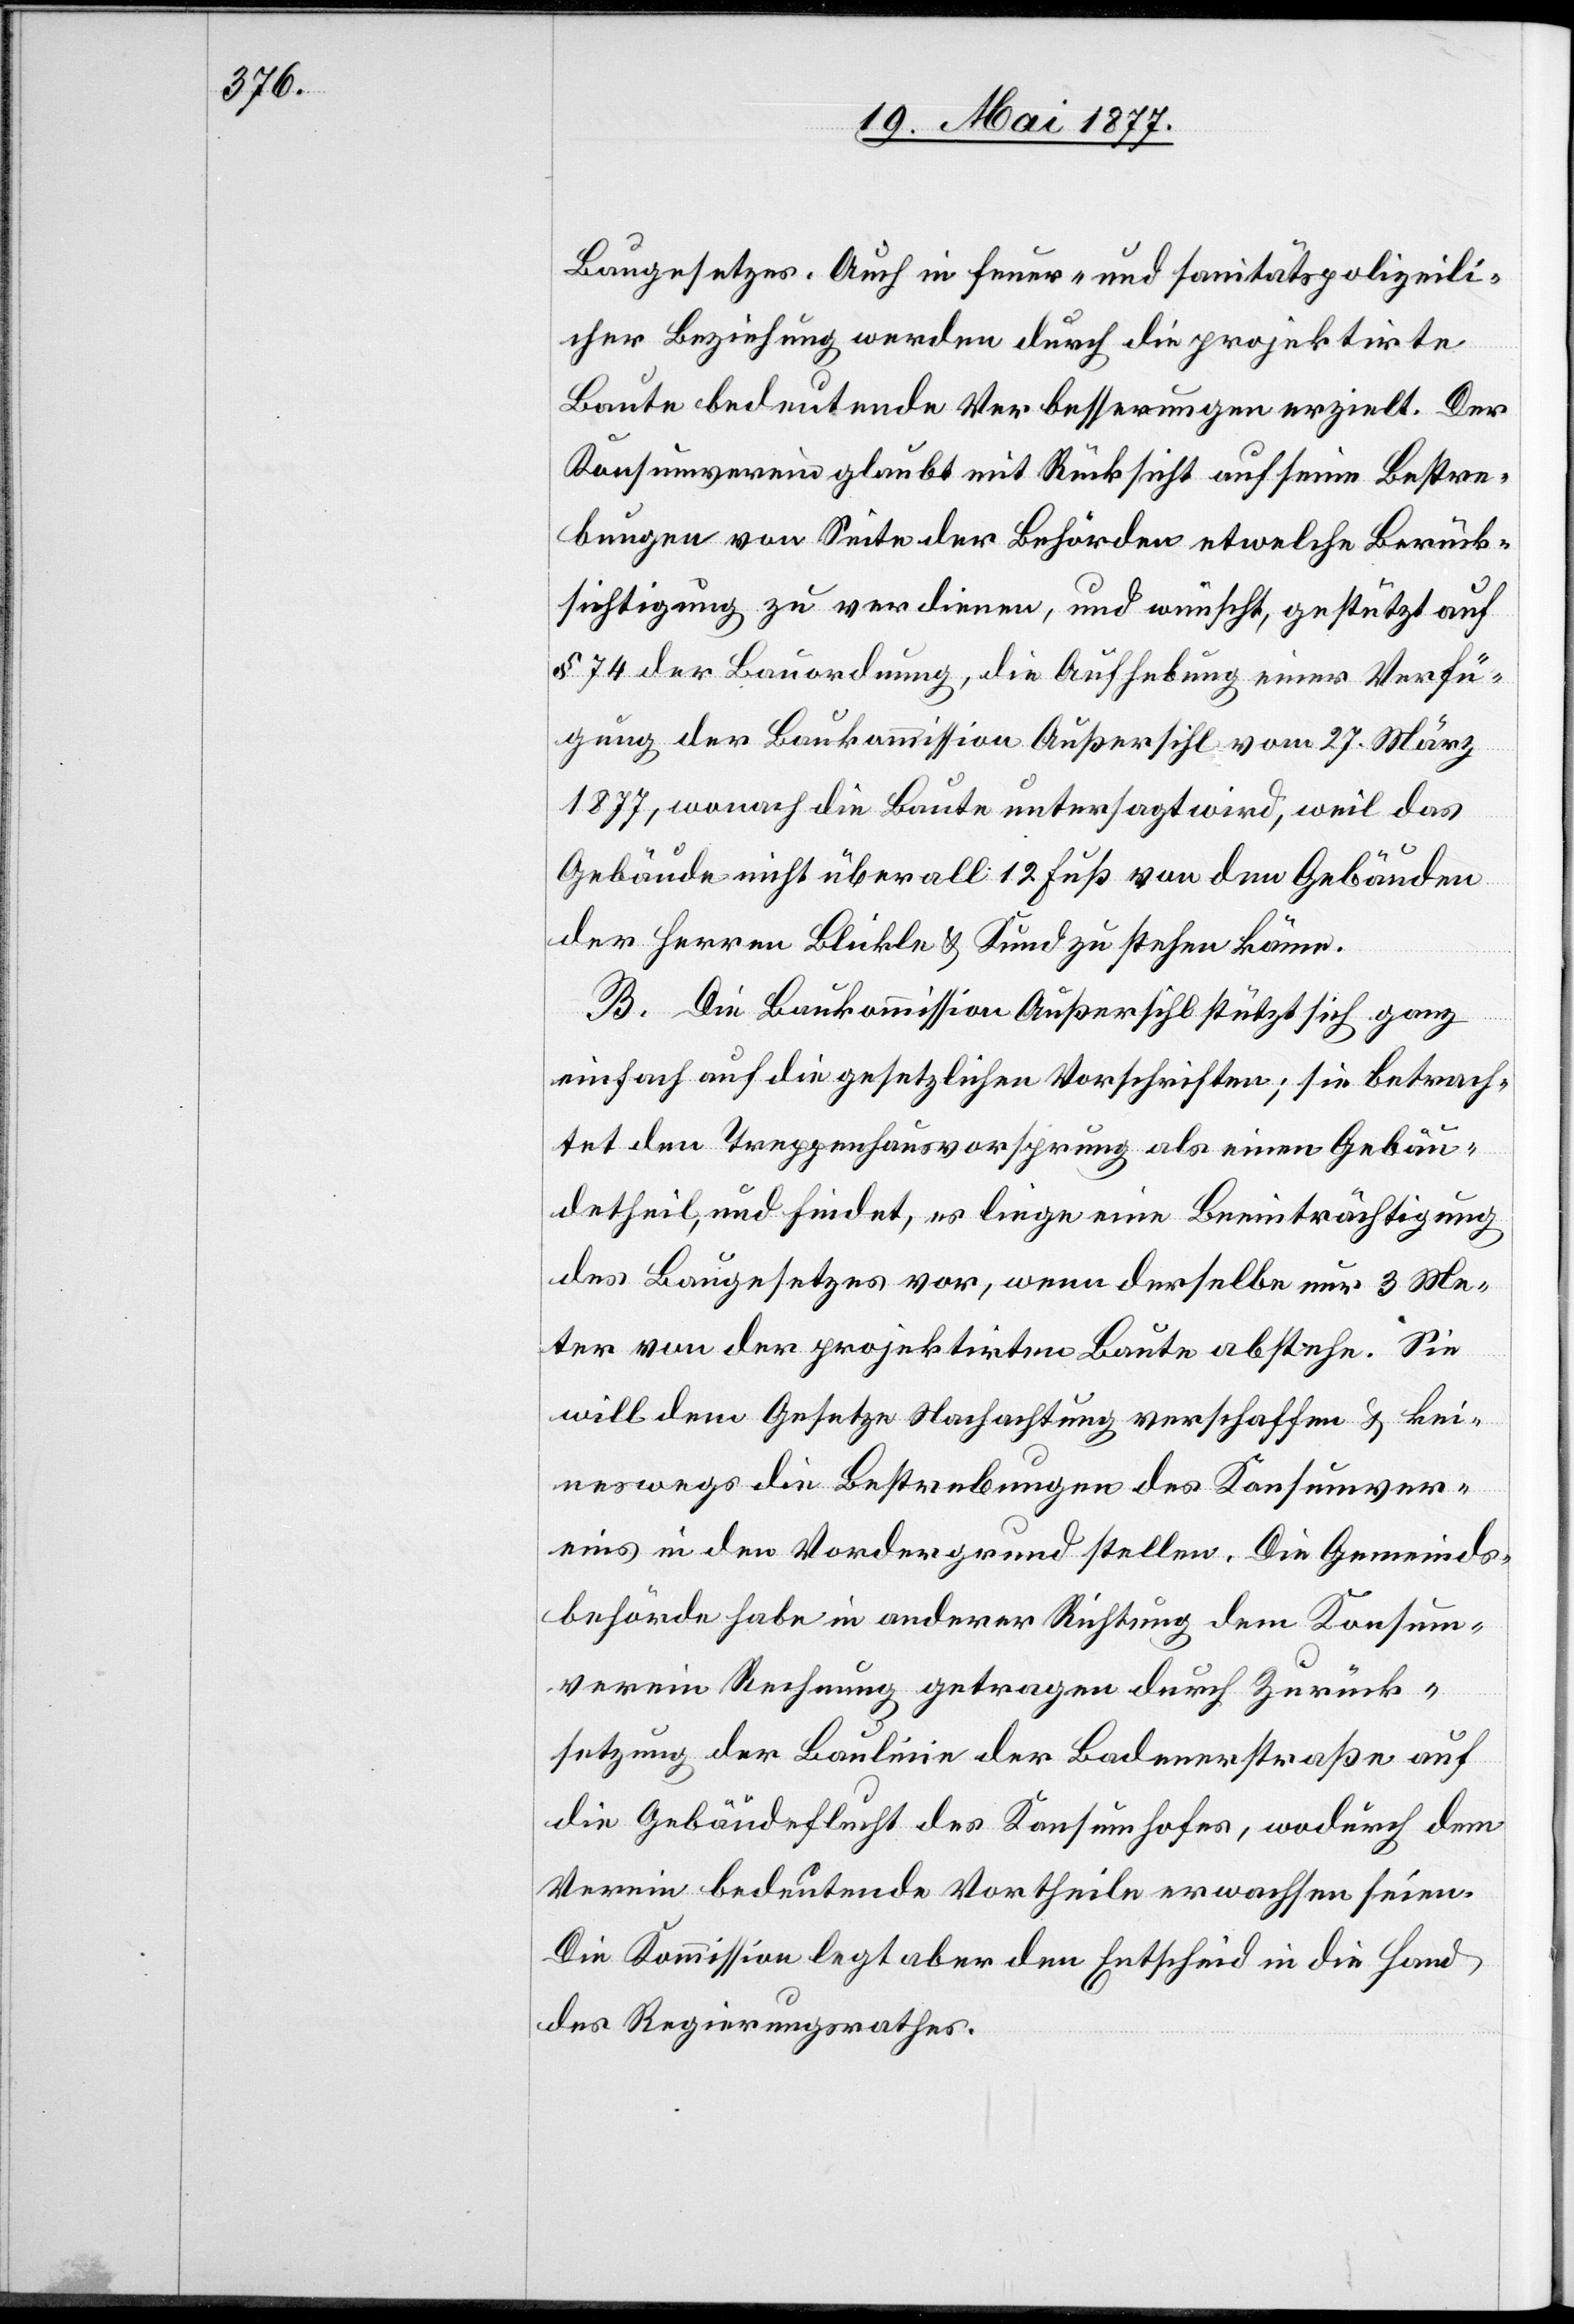
Baugesetzes. Auch in feuer- und sanitätspolizeili¬
cher Beziehung werden durch die projektirte
Baute bedeutende Verbesserungen erzielt. Der
Konsumverein glaubt mit Rücksicht auf seine Bestre¬
bung von Seite der Behörden etwelche Berück¬
sichtigung zu verdienen, und wünscht, gestützt auf
§ 74 der Bauordnung, die Aufhebung einer Verfü¬
gung der Baukommission Außersihl vom 27. März
1877, wonach die Baute untersagt wird, weil das
Gebäude nicht überall 12 Fuß von den Gebäuden
der Herren Blickle & Kund zu stehen käme.
B. Die Baukommission Außersihl stützt sich ganz
einfach auf die gesetzlichen Vorschriften; sie betrach¬
tet den Treppenhausvorsprung als einen Gebäu¬
detheil, und findet, es liege eine Beeinträchtigung
des Baugesetzes vor, wenn derselbe nur 3 Me¬
ter von der projektirten Baute abstehe. Sie
will dem Gesetze Nachachtung verschaffen & kei¬
neswegs die Bestrebungen des Konsumver¬
eins in den Vordergrund stellen. Die Gemeinds¬
behörde habe in anderer Richtung dem Konsum¬
verein Rechnung getragen durch Zurück¬
setzung der Baulinie der Badenerstraße auf
die Gebäudeflucht des Konsumhofes, wodurch dem
Verein bedeutende Vortheile erwachsen seien.
Die Kommission legt aber den Entscheid in die Hand
des Regierungsrathes.